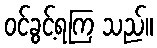
ဝင်ခွင့်ရကြ သည်။